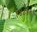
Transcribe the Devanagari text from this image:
१४८१४९